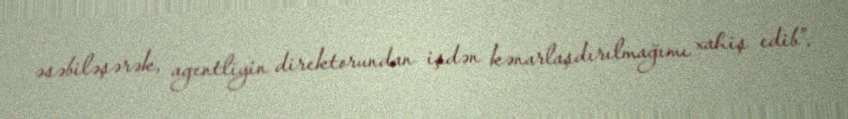
əsəbiləşərək, agentliyin direktorundan işdən kənarlaşdırılmağımı xahiş edib”.